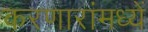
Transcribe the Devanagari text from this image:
करणारांमध्यें